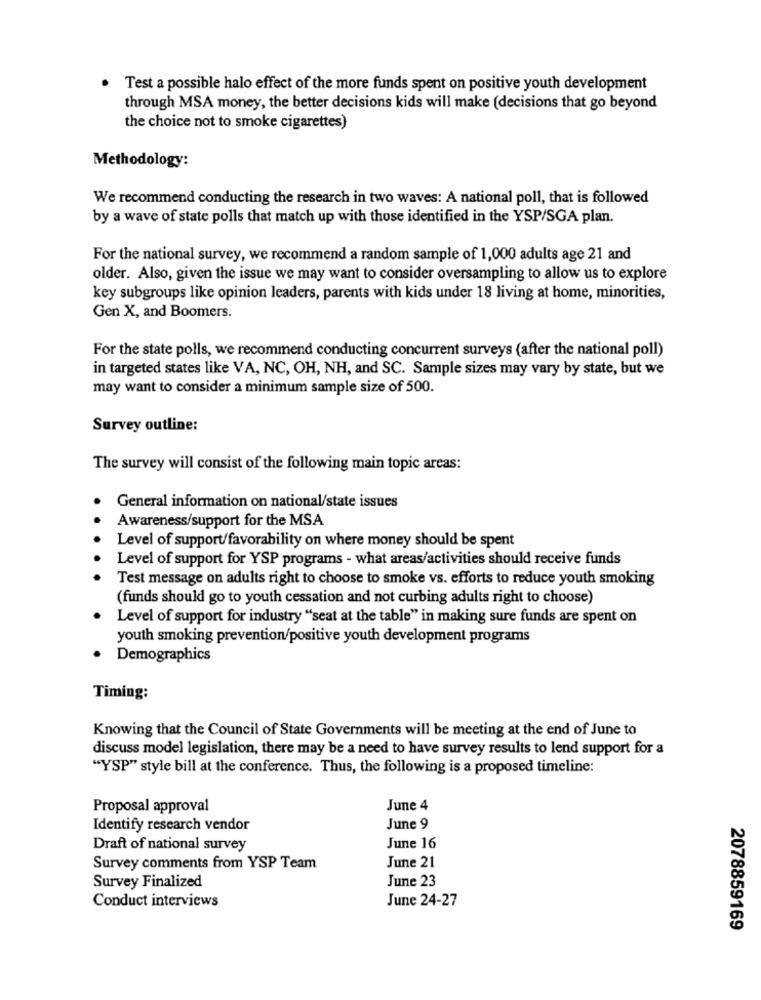
.
Test a possible halo effect of the more funds spent on positive youth development
through MSA money, the better decisions kids will make (decisions that go beyond
the choice not to smoke cigarettes)
Methodology:
We recommend conducting the research in two waves: A national poll, that is followed
by a wave of state polls that match up with those identified in the YSP/SGA plan.
For the national survey, we recommend a random sample of 1,000 adults age 21 and
older. Also, given the issue we may want to consider oversampling to allow us to explore
key subgroups like opinion leaders, parents with kids under 18 living at home, minorities,
Gen X, and Boomers.
For the state polls, we recommend conducting concurrent surveys (after the national poll)
in targeted states like VA, NC, OH, NH, and SC. Sample sizes may vary by state, but we
may want to consider a minimum sample size of 500.
Survey outline:
The survey will consist of the following main topic areas:
General information on national/state issues
Awareness/support for the MSA
Level of support/favorability on where money should be spent
Level of support for YSP programs - what areas/activities should receive funds
Test message on adults right to choose to smoke vs. efforts to reduce youth smoking
(funds should go to youth cessation and not curbing adults right to choose)
Level of support for industry "seat at the table" in making sure funds are spent on
youth smoking prevention/positive youth development programs
Demographics
Timing:
Knowing that the Council of State Governments will be meeting at the end of June to
discuss model legislation, there may be a need to have survey results to lend support for a
"YSP" style bill at the conference. Thus, the following is a proposed timeline:
Proposal approval
June 4
Identify research vendor
June 9
Draft of national survey
June 16
Survey comments from YSP Team
June 21
Survey Finalized
June 23
June 24-27
Conduct interviews
2078859169